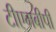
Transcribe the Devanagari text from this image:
टीएमबीपी